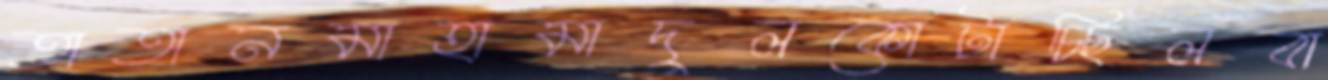
তাতানমাহামাদুলকোটাচ্ছিলবা